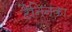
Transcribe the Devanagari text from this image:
टैनिनका